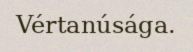
Vértanúsága.